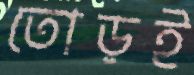
তোড়ই